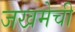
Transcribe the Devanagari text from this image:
जखमेची